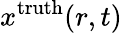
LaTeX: x^{\mathrm{{truth}}}(r,t)